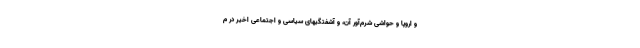
و اروپا و حواشی شرم‌آور آن، و آشفتگیهای سیاسی و اجتماعی اخیر در م